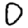
Digit: 0